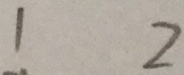
1 2